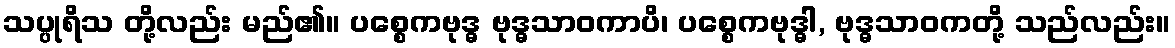
သပ္ပုရိသ တို့လည်း မည်၏။ ပစ္စေကဗုဒ္ဓ ဗုဒ္ဓသာဝကာပိ၊ ပစ္စေကဗုဒ္ဓါ, ဗုဒ္ဓသာဝကတို့ သည်လည်း။